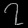
Digit: ၇